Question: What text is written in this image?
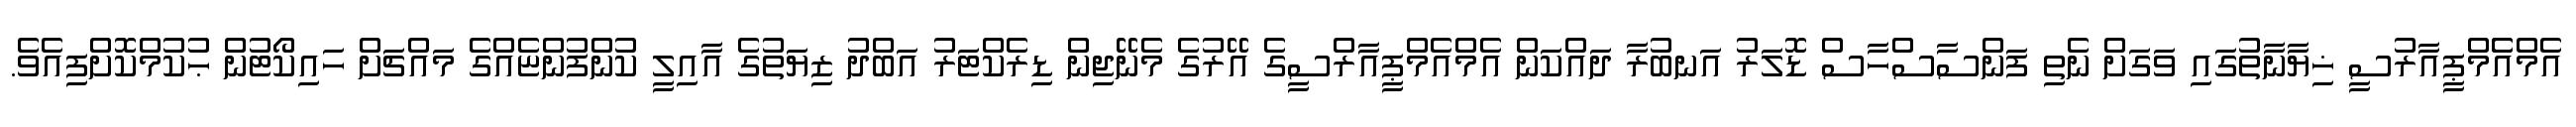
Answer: އެމްއެެމްޕީއާރުސީ ޚިޔާނާތުގައި ވަގަށް ނެތި ފަންސާސްހާސް ޑޮލަރު އަނބުރާ ދައްކަން އެމްއެމްޕީއާރްސީގެ އޭރުގެ މެނޭޖިން ޑިރެކްޓަރު އަބްދު ޒިޔަތުގެ އާއިލީ ކުންފުންޏެއްގެ މައްޗަށް ހައިކޯޓުން ޙުކުމްކޮށްފިއެވެ.